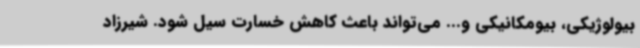
بیولوژیکی، بیومکانیکی و... می‌تواند باعث کاهش خسارت سیل شود. شیرزاد